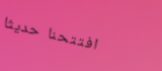
افتتحنا حديثاً